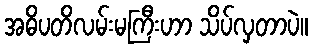
အဓိပတိလမ်းမကြီးဟာ သိပ်လှတာပဲ။